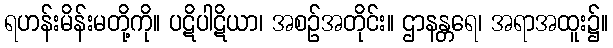
ရဟန်းမိန်းမတို့ကို။ ပဋိပါဋိယာ၊ အစဉ်အတိုင်း။ ဌာနန္တရေ၊ အရာအထူး၌။